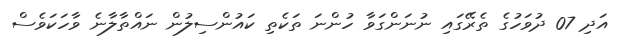
އަދި 07 ދުވަހުގެ ތެރޭގައި ނުނަންގަވާ ހުންނަ ތަކެތި ކައުންސިލުން ނައްތާލާނެ ވާހަކަވެސް